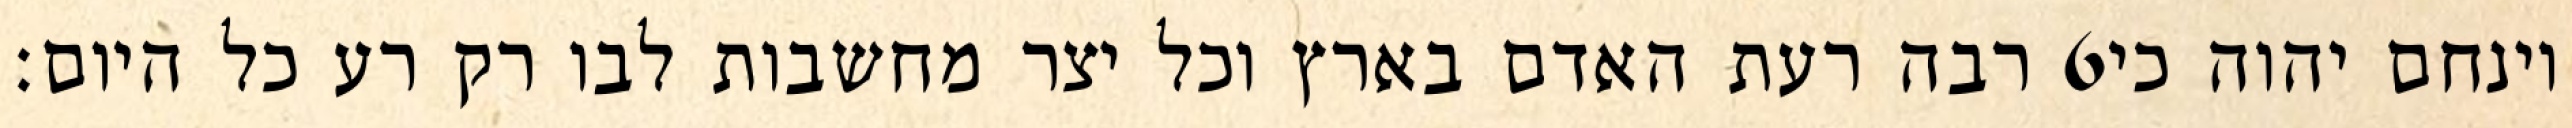
רבה רעת האדם בארץ וכל יצר מחשבות לבו רק רע כל היום׃ ‎6‏ וינחם יהוה כי